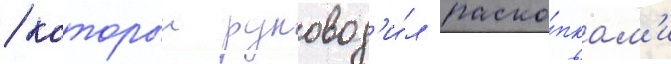
/ которыи руковод'и́л раско́пкам'и